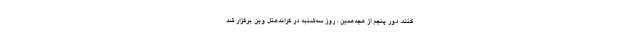
کنند. دور پنجم از هجدهمین ، روز سه‌شنبه در گراندهتل وین برگزار شد